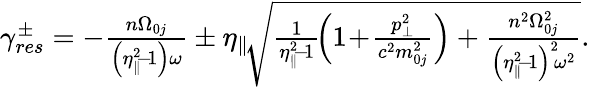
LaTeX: \begin{array}{r}{\gamma_{res}^{\pm}=-\frac{n\Omega_{0j}}{\left(\eta_{\parallel}^{2}\! -\! 1\right)\omega}\pm\eta_{\parallel}\! \sqrt{\frac{1}{\eta_{\parallel}^{2}\! -\! 1}\! \left(1\! +\! \frac{p_{\perp}^{2}}{c^{2}m_{0j}^{2}}\right)+\frac{n^{2}\Omega_{0j}^{2}}{\left(\eta_{\parallel}^{2}\! -\! 1\right)^{2}\! \omega^{2}}}.}\end{array}